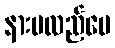
နားမလည်ပေ